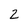
Character: 2